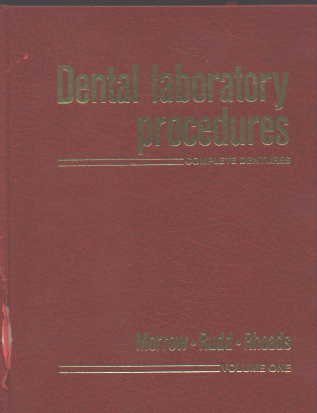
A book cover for Dental Laboratory Procedures: Complete Dentures, Volume 1; Robert M. Morrow; Medical Books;